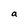
Character: a